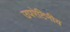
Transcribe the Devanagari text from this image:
उपरेटिनीय